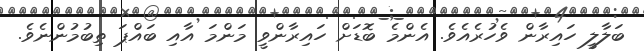
ބަލާލީ ހައިރާން ވެހުރެއެވެ. އެންމެ ބޮޑަށް ހައިރާންވީ މަންމަ އާއި ބައްޕަ ތިބުމުންނެވެ.